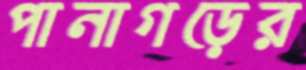
পানাগড়ের